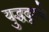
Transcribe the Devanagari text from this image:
युद्धदृश्ये